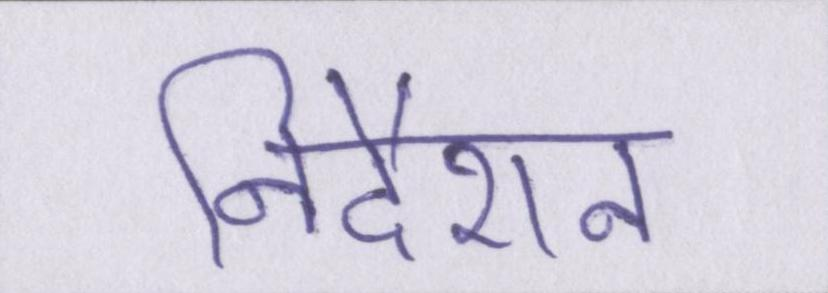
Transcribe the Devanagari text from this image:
निर्देशन